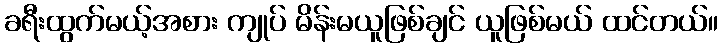
ခရီးထွက်မယ့်အစား ကျုပ် မိန်းမယူဖြစ်ချင် ယူဖြစ်မယ် ထင်တယ်။